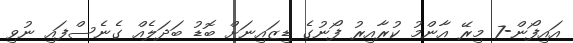
އައިފޯން-7 މިރޭ އާންމު ކުރާއިރު ފޯނުގެ ޑިޒައިނަށް ބޮޑު ބަދަލެއް ގެނެސްފައި ނުވި